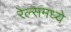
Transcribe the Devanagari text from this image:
रेल्समध्ये